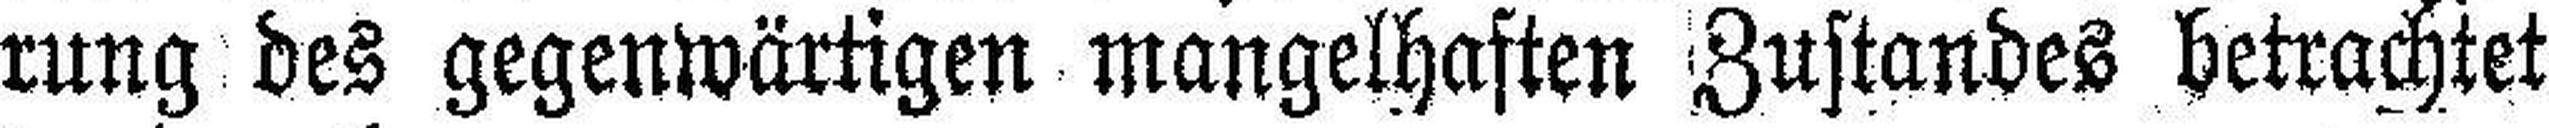
rung des gegenwärtigen mangelhaften Zustandes betrachtet